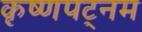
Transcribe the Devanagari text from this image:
कृष्णपट्नम